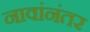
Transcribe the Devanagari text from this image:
नावांनंतर